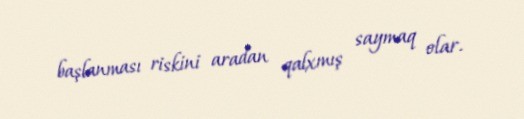
başlanması riskini aradan qalxmış saymaq olar.